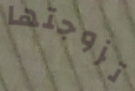
تزوجتها